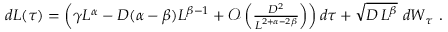
\begin{array} { r } { d L ( \tau ) = \left( \gamma L ^ { \alpha } - D ( \alpha - \beta ) L ^ { \beta - 1 } + \mathcal { O } \left( \frac { D ^ { 2 } } { L ^ { 2 + \alpha - 2 \beta } } \right) \right) d \tau + \sqrt { D \, L ^ { \beta } } \ d W _ { \tau } \ . } \end{array}